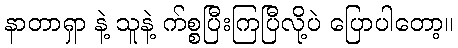
နာတာရှာ နဲ့ သူနဲ့ က်စ္စပြီးကြပြီလို့ပဲ ပြောပါတော့။